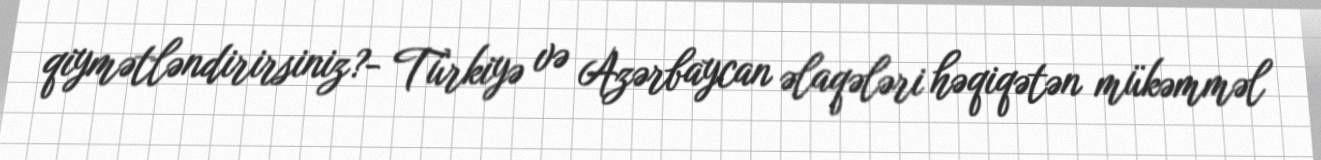
qiymətləndirirsiniz?- Türkiyə və Azərbaycan əlaqələri həqiqətən mükəmməl